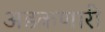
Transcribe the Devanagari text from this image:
अडकणारी